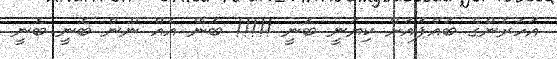
އަހަރެންގެ ބައްޕައަށް ކިޔަނީ ބޮނީ !!!!! ބޮނޭ އެއް ނޫން ބޮނީ ބޮނީ